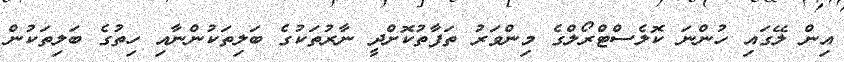
އިން ލޭގައި ހުންނަ ކޮލެސްޓްރޯލްގެ މިންވަރު ތަފާތުކޮށްދީ ނާރުތަކުގެ ބަލިތަކުންނާއި ހިތުގެ ބަލިތަކުން